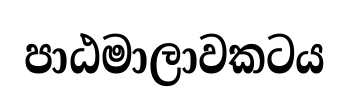
පාඨමාලාවකටය